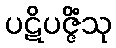
ပဋိပဇ္ဇိံသု